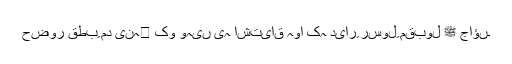
حضور قطبِ مد ینہ﷫ کو وہیں یہ اشتیاق ہوا کہ دیارِ رسولِ مقبول ﷺ جاؤں۔